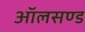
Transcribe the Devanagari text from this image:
ऑलसण्ड